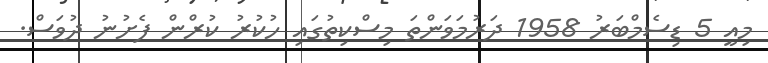
މިއީ 5 ޑިސެމްބަރު 1958 ދަރުމަވަންތަ މިސްކިތުގައި ހުކުރު ކުރްން ފެށުނު ދުވަސް.